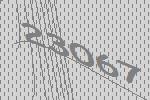
23067